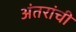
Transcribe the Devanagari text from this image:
अंतरांची